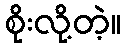
စိုးလို့တဲ့။